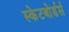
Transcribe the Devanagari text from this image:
स्केटबोर्डर्स